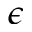
\epsilon